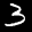
Label: 3